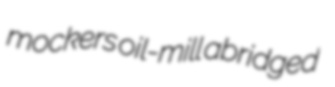
mockers oil-mill abridged